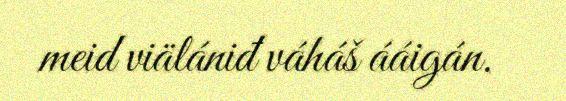
meid viälániđ váháš ááigán.